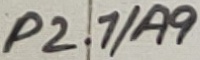
Text: P2.1/A9